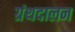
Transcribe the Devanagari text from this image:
ग्रंथदालन